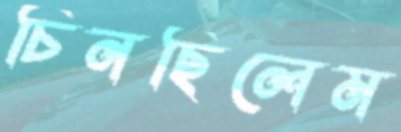
চিনছিলেম